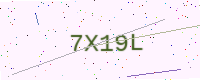
Text: 7X19L